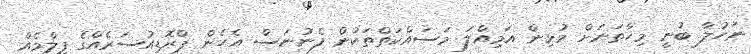
ނަހުލާ ބުނީ މިހާތަނަށް މުޅިން އަމިއްލަ މަސައްކަތްތަކުން ފެނުނަސް އެހެން ޕްރޮޑިއުސަރެއްގެ ފިލްމެއް